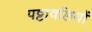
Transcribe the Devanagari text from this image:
पट्टावलियों